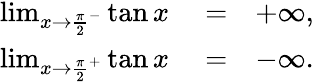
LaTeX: \begin{array}{rlr}{\operatorname*{lim}_{x\to\frac{\pi}{2}^{-}}\tan x}&{{}=}&{+\infty,}\\ {\operatorname*{lim}_{x\to\frac{\pi}{2}^{+}}\tan x}&{{}=}&{-\infty.}\end{array}